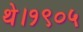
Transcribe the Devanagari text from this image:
थे।१९०५